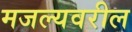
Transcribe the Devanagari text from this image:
मजल्यवरील